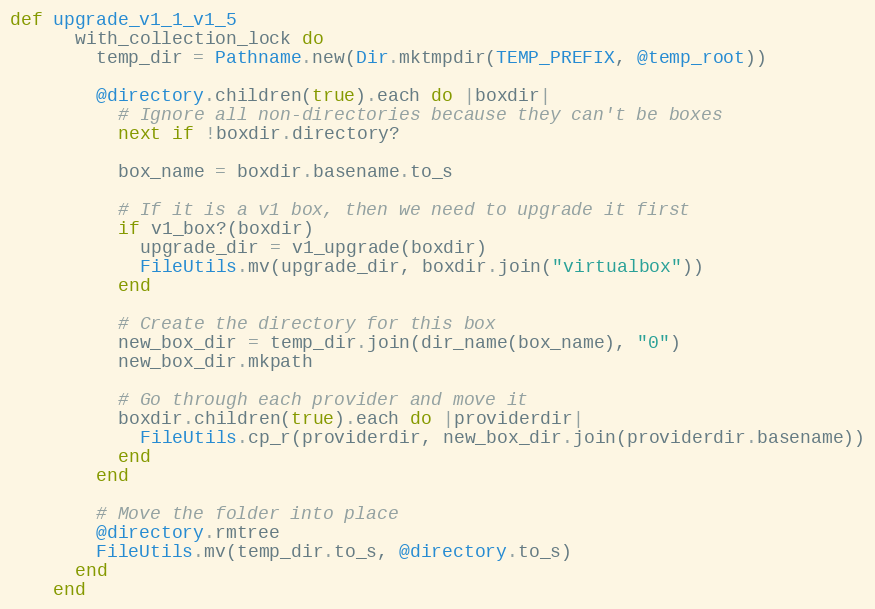
Language: Ruby
def upgrade_v1_1_v1_5
      with_collection_lock do
        temp_dir = Pathname.new(Dir.mktmpdir(TEMP_PREFIX, @temp_root))

        @directory.children(true).each do |boxdir|
          # Ignore all non-directories because they can't be boxes
          next if !boxdir.directory?

          box_name = boxdir.basename.to_s

          # If it is a v1 box, then we need to upgrade it first
          if v1_box?(boxdir)
            upgrade_dir = v1_upgrade(boxdir)
            FileUtils.mv(upgrade_dir, boxdir.join("virtualbox"))
          end

          # Create the directory for this box
          new_box_dir = temp_dir.join(dir_name(box_name), "0")
          new_box_dir.mkpath

          # Go through each provider and move it
          boxdir.children(true).each do |providerdir|
            FileUtils.cp_r(providerdir, new_box_dir.join(providerdir.basename))
          end
        end

        # Move the folder into place
        @directory.rmtree
        FileUtils.mv(temp_dir.to_s, @directory.to_s)
      end
    end